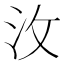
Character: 㳊